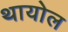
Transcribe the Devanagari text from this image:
थायोल